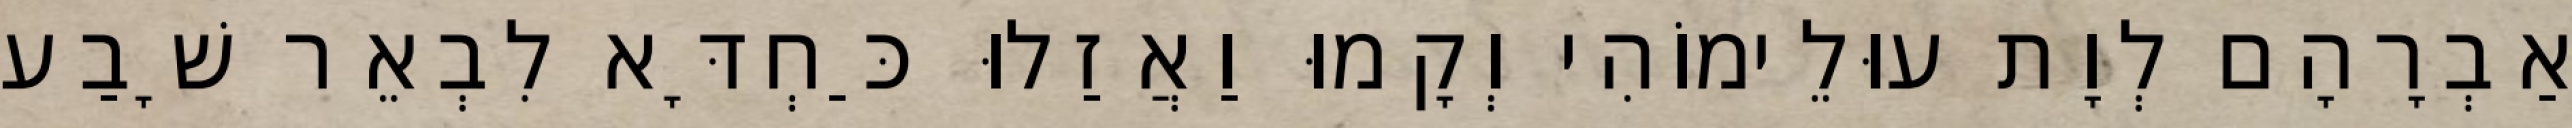
אַבְרָהָם לְוָת עוּלֵימוֹהִי וְקָמוּ וַאֲזַלוּ כַּחְדָּא לִבְאֵר שָׁבַע